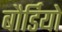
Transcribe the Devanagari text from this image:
बौर्डियो